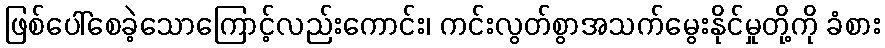
ဖြစ်ပေါ်စေခဲ့သောကြောင့်လည်းကောင်း၊ ကင်းလွတ်စွာအသက်မွေးနိုင်မှုတို့ကို ခံစား